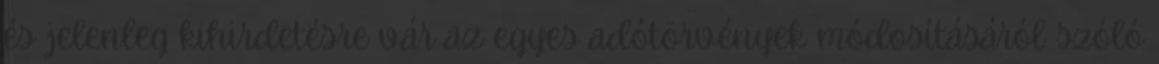
és jelenleg kihirdetésre vár az egyes adótörvények módosításáról szóló